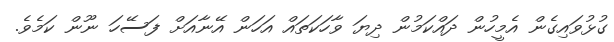
ގުޅުވައިގެން އެމީހުން ދައްކަމުން ދިޔަ ވާހަކަތައް އަހަން އޭނާއަށް ފަސޭހަ ނޫން ކަމެވެ.